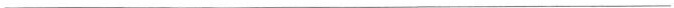
___